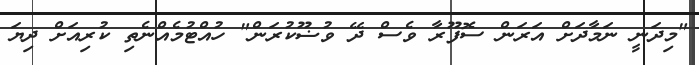
"މިދަނީ ނަމާދަށް އަރަން ސޮފޫރާ ވެސް ދޭ ވުޟޫކުރަން" ހުއްޓުމެއްނެތި ކުރިއަށް ދިޔަ